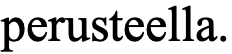
perusteella.